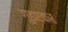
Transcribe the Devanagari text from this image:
गुडएकर